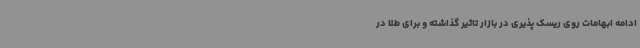
ادامه ابهامات روی ریسک پذیری در بازار تاثیر گذاشته و برای طلا در